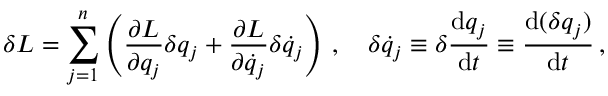
\delta L = \sum _ { j = 1 } ^ { n } \left( { \frac { \partial L } { \partial q _ { j } } } \delta q _ { j } + { \frac { \partial L } { \partial { \dot { q } } _ { j } } } \delta { \dot { q } } _ { j } \right) \, , \quad \delta { \dot { q } } _ { j } \equiv \delta { \frac { \mathrm { d } q _ { j } } { \mathrm { d } t } } \equiv { \frac { \mathrm { d } ( \delta q _ { j } ) } { \mathrm { d } t } } \, ,